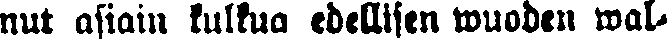
nut asiain kulkua edellisen wuoden wal-